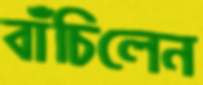
বাঁচিলেন